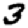
Digit: 3